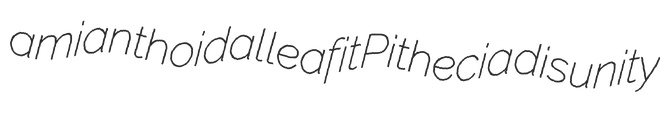
amianthoidal leafit Pithecia disunity